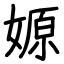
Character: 嫄